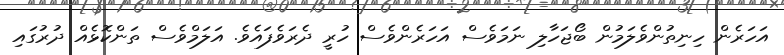
އަހަރެން ހިނިތުންވެލަމުން ބޯޖަހާލި ނަމަވެސް އަހަރެންވެސް ހުރީ ދެރަވެފައެވެ. އަލަމްވެސް ތަންކޮޅެއް ދުރުގައި